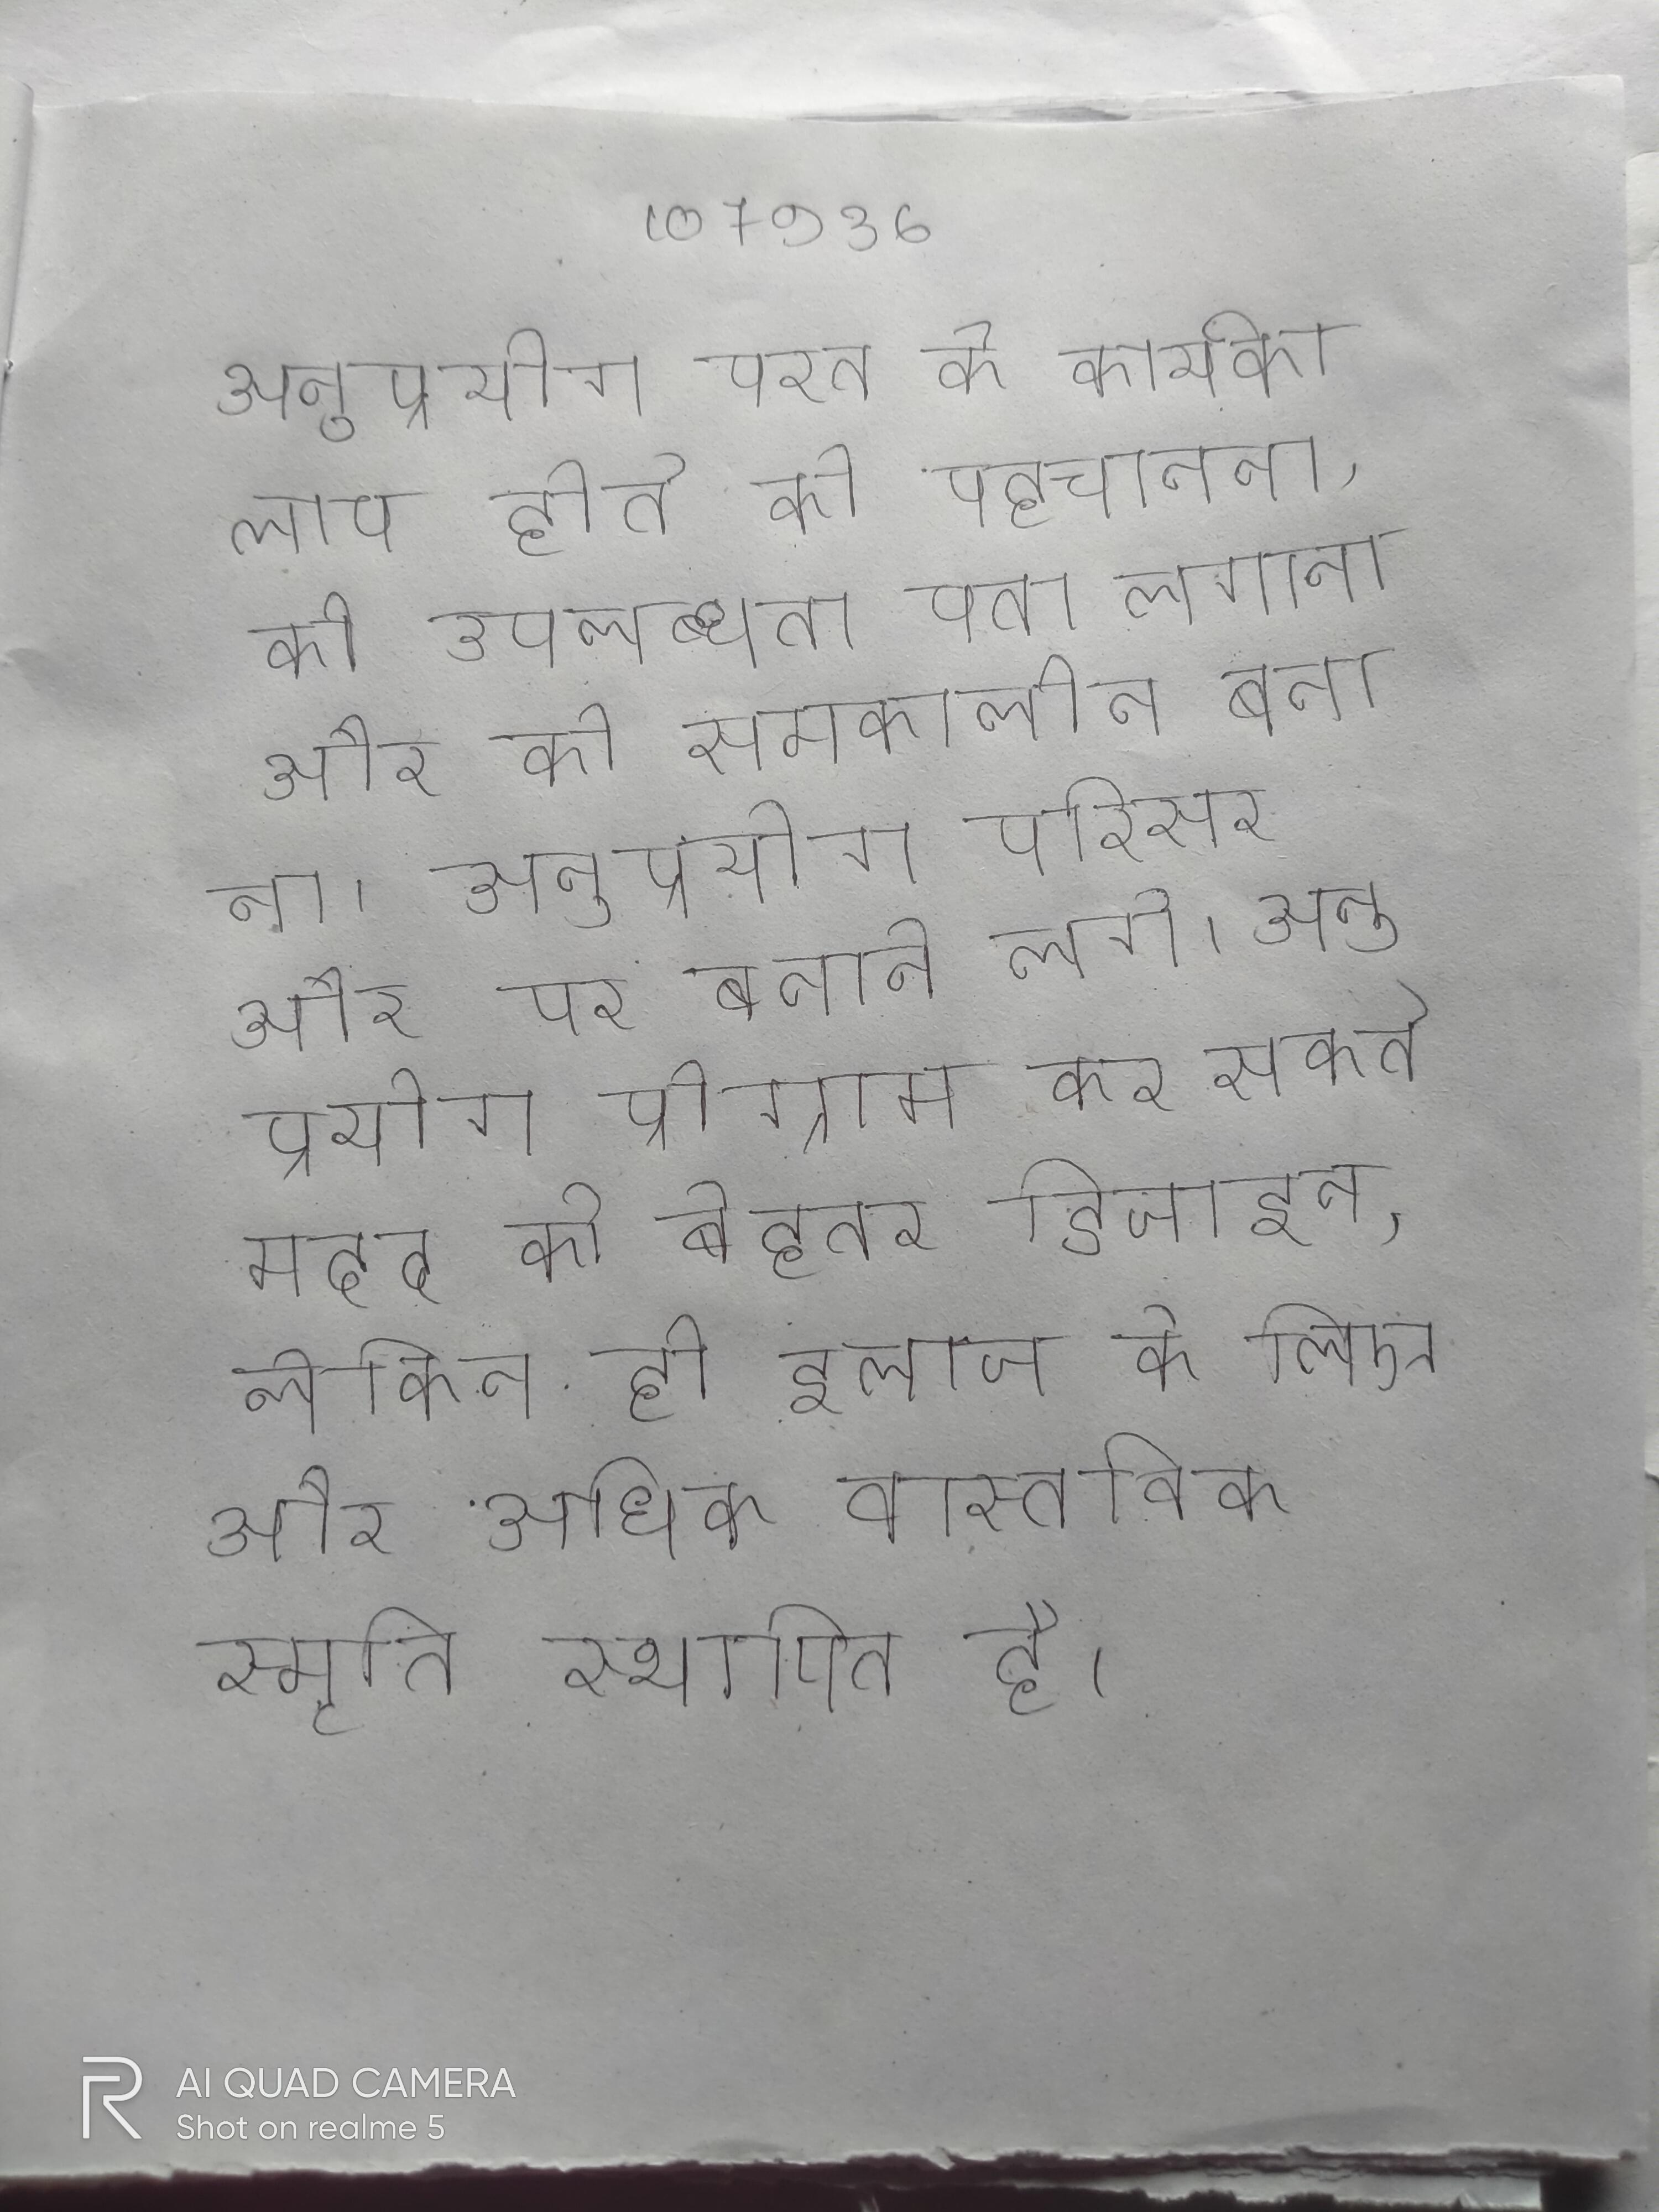
अनुप्रयोग परत के कार्यकलाप होते को पहचानना, की उपलब्धता पता लगाना और को समकालीन बनाना । अनुप्रयोग परिसर और पर बनाने लगे । अनुप्रयोग प्रोग्राम कर सकते मदद के बेहतर डिजाइन, लेकिन ही इलाज के लिए और अधिक वास्तविक स्मृति स्थापित है ।